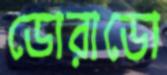
ডোরাডো